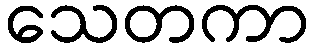
သေတကာ